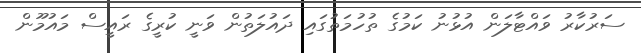
ސަރުކާރު ވައްޓާލަން އުޅުނު ކަމުގެ ތުހުމަތުގައި ދައުލަތުން ވަނީ ކުރީގެ ރައީސް މައުމޫން